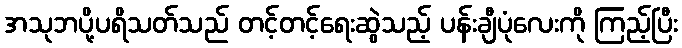
အသုဘပို့ပရိသတ်သည် တင့်တင့်ရေးဆွဲသည့် ပန်းချီပုံလေးကို ကြည့်ပြီး